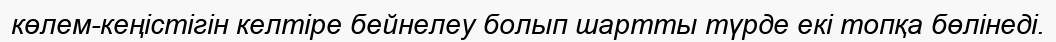
көлем-кеңістігін келтіре бейнелеу болып шартты түрде екі топқа бөлінеді.